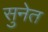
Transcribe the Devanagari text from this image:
सुनेत